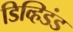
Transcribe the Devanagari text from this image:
डिव्हिडंड